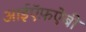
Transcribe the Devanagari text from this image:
आईऍफ़ऐबी